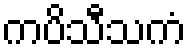
ကပိသီသကံ